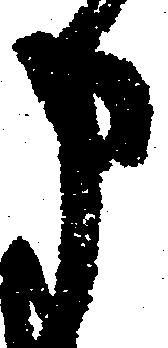
申